Vaccination in Bombay 1924-1928 - 1924-1928
Year: 1924
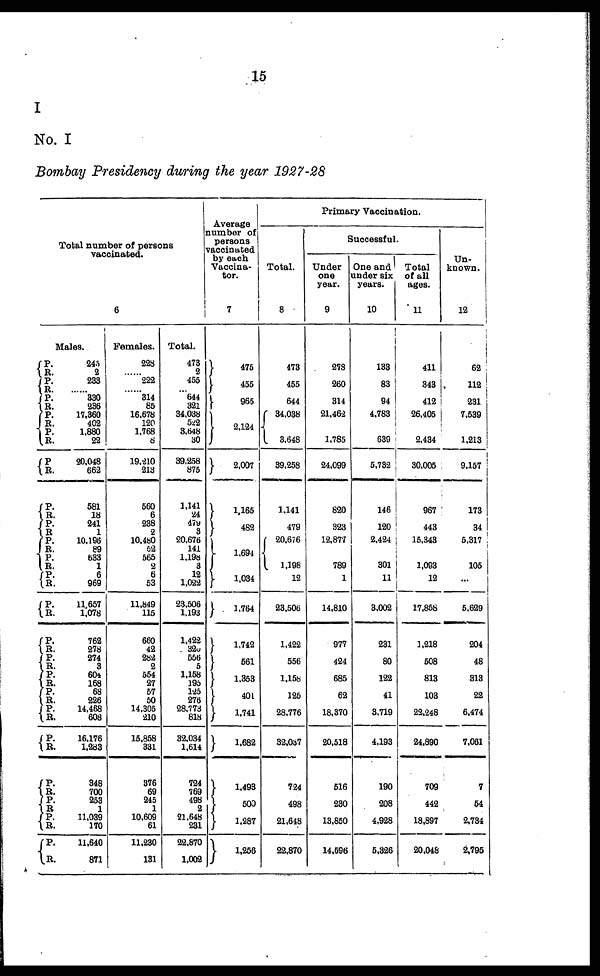
15
I
No. I
Bombay Presidency during the year 1927-28
Total number of persons
vaccinated.
6
Males.
P. R.
P.
R.
P.
R.
P.
R. P.
R.
P.
R.
P.
R.
P.
R.
P.
R.
P.
R.
P.
R.
P.
R.
P. R.
P.
R.
P.
R.
P. R.
P.
R.
P.
R.
P.
R.
P. R.
P.
R.
P.
R.
245
2
233
...... 330
236
17,360
402
1,880
22
20,048
662
581
18
241
1
10,196
89
633
1
6
969
11,657
1,078
762
278
274
3
604
168
68
226
14,468
608
16,176
1,283
348
700
253
1
11,039
170
11,640
871
Females.
228
...... 222
...... 314
85
16,678
120
1,768
8
19,210
213
560
6
238
2
10,480
62
565
2
6
53
11,849
115
660
42
284
2
554
27
57
50
14,305
210
15,858
331
376
69
245
1
10,609
61
11,230
131
Total.
473
2
455
... 644
321
34,038
522
3,648
30
39,258
875
1,141
24
479
3
20,676
141
1,198
3
12
1,022
23,506
1,193
1,422
320
556
5
1,158
195
125
276
28,773
818
32,034
1,614
724
769
498
2
21,648
231
22,870
1,002
Average
number of
persons
vaccinated
by each
Vaccina¬
tor.
7
475
455
965
2,124
2,007
1,165
482
1,694
1,034
1,764
1,742
561
1,353
401
1,741
1,682
1,493
500
1,287
1,256
Primary Vaccination.
Total.
8
473
455
644
34,038
3,648
39,258
1,141
479
20,676
1,198
12
23,506
1,422
556
1,158
125
28,776
32,037
724
498
21,648
22,870
Successful.
Under
one
year.
9
278
260
314
21,462
1,785
24,099
820
323
12,877
789
1
14,810
977
424
685
62
18,370
20,518
516
230
13,850
14,596
One and
under six
years.
10
133
83
94
4,783
639
5,732
146
120
2,424
301
11
3,002
231
80
122
41
3,719
4,193
190
208
4,928
5,326
Total
of all
ages.
11
411
343
412
26,405
2,434
30,005
967
443
15,343
1,093
12
17,858
1,218
508
813
103
22,248
24,890
709
442
18,897
20,048
Un-
known.
12
62
112
231
7,539
1,213
9,157
173
34
5,317
105
...
5,629
204
48
313
22
6,474
7,061
7
54
2,734
2,795